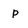
Character: p